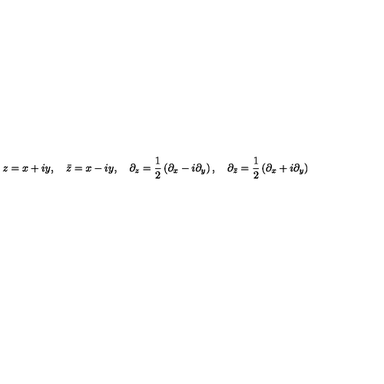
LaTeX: z = x + i y , \quad \bar { z } = x - i y , \quad \partial _ { z } = \frac { 1 } { 2 } \left( \partial _ { x } - i \partial _ { y } \right) , \quad \partial _ { \bar { z } } = \frac { 1 } { 2 } \left( \partial _ { x } + i \partial _ { y } \right) \,